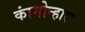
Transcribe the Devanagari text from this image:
कांगोन्हास